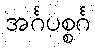
အင်္ဂပစ္စင်္ဂ